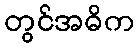
တွင်အဓိက